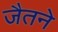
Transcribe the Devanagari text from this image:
जैतने